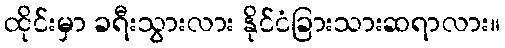
ထိုင်းမှာ ခရီးသွားလား နိုင်ငံခြားသားဆရာလား။